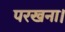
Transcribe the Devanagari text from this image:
परखना।